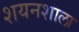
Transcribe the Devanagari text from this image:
शयनशाला